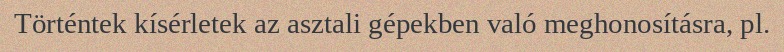
Történtek kísérletek az asztali gépekben való meghonosításra, pl.